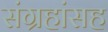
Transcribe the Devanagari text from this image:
संग्रहांसह